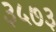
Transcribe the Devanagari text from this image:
३५७३